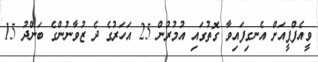
ވީއެފްޕީއަށް އެނގިފައިވާ ގޮތުގައި އުމުރުން 25 އަހަރުގެ ދެ ޒުވާނުންގެ ބަންދު 15